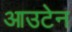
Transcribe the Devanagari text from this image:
आउटेन